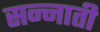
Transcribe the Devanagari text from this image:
सन्नाती